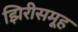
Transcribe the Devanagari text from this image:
झिरीसमूह